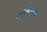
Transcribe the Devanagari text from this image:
प्रतिभासाधन